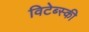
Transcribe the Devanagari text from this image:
विटेब्स्की